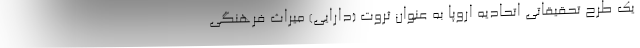
یک طرح تحقیقاتی اتحادیه اروپا به عنوان ثروت (دارایی) میراث فرهنگی